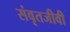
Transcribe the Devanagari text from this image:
संवृतजीवी